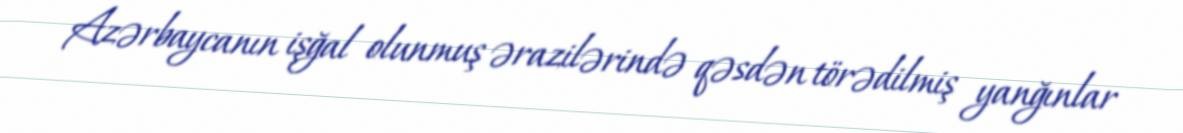
Azərbaycanın işğal olunmuş ərazilərində qəsdən törədilmiş yanğınlar